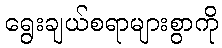
ရွေးချယ်စရာများစွာကို